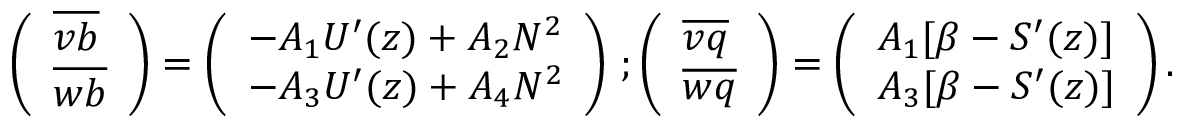
\begin{array} { r } { \left( \begin{array} { l } { \overline { { v b } } } \\ { \overline { { w b } } } \end{array} \right) = \left( \begin{array} { l } { - A _ { 1 } U ^ { \prime } ( z ) + A _ { 2 } N ^ { 2 } } \\ { - A _ { 3 } U ^ { \prime } ( z ) + A _ { 4 } N ^ { 2 } } \end{array} \right) \, ; \left( \begin{array} { l } { \overline { { v q } } } \\ { \overline { { w q } } } \end{array} \right) = \left( \begin{array} { l } { A _ { 1 } [ \beta - { \cal S } ^ { \prime } ( z ) ] } \\ { A _ { 3 } [ \beta - { \cal S } ^ { \prime } ( z ) ] } \end{array} \right) . } \end{array}